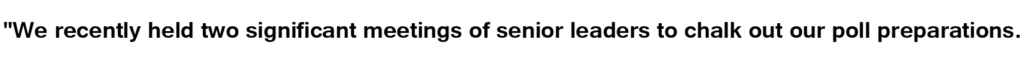
"We recently held two significant meetings of senior leaders to chalk out our poll preparations.